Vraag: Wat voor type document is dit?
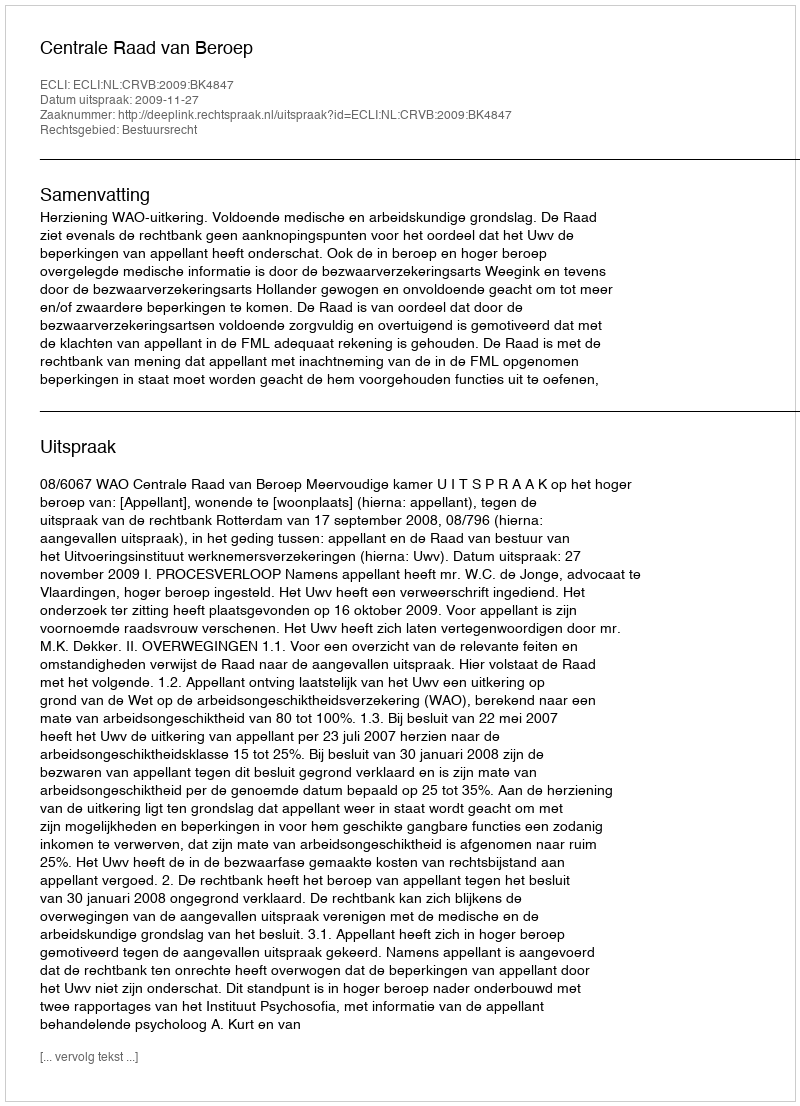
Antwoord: Uitspraak